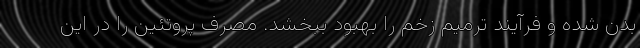
بدن شده و فرآیند ترمیم زخم را بهبود ببخشد. مصرف پروتئین را در این